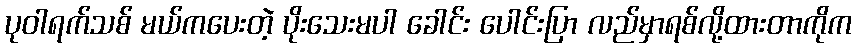
ပုဝါရက်သစ် မယ်ကပေးတဲ့ ပိုးသေးမပါ ခေါင်း ပေါင်းပြာ လည်မှာရစ်လို့ထားတာကိုက